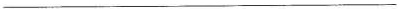
______________________________